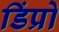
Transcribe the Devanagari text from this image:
डिंप्रो